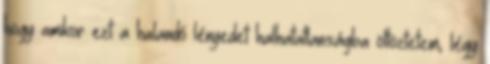
hogy amikor ezt a halandó lényedet halhatatlanságba öltöztetem, légy